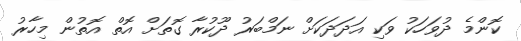
ކޮންމެ ދުވަހަކު ވަކި އަދަދަކަށް ނަމްބަރު ދޫކުރާ ގޮތަށް އޮތް އޮތުން މިހާރު